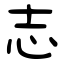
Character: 志